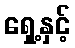
ရှေ့နှင့်